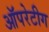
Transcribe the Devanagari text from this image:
ऑपरेटीग